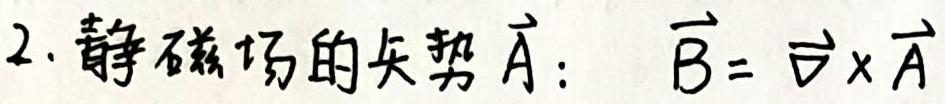
2. 静磁场的矢势 $\vec{A}$: $\vec{B} = \nabla \times \vec{A}$